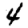
Digit: 4